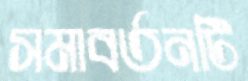
সমাবর্তনটি